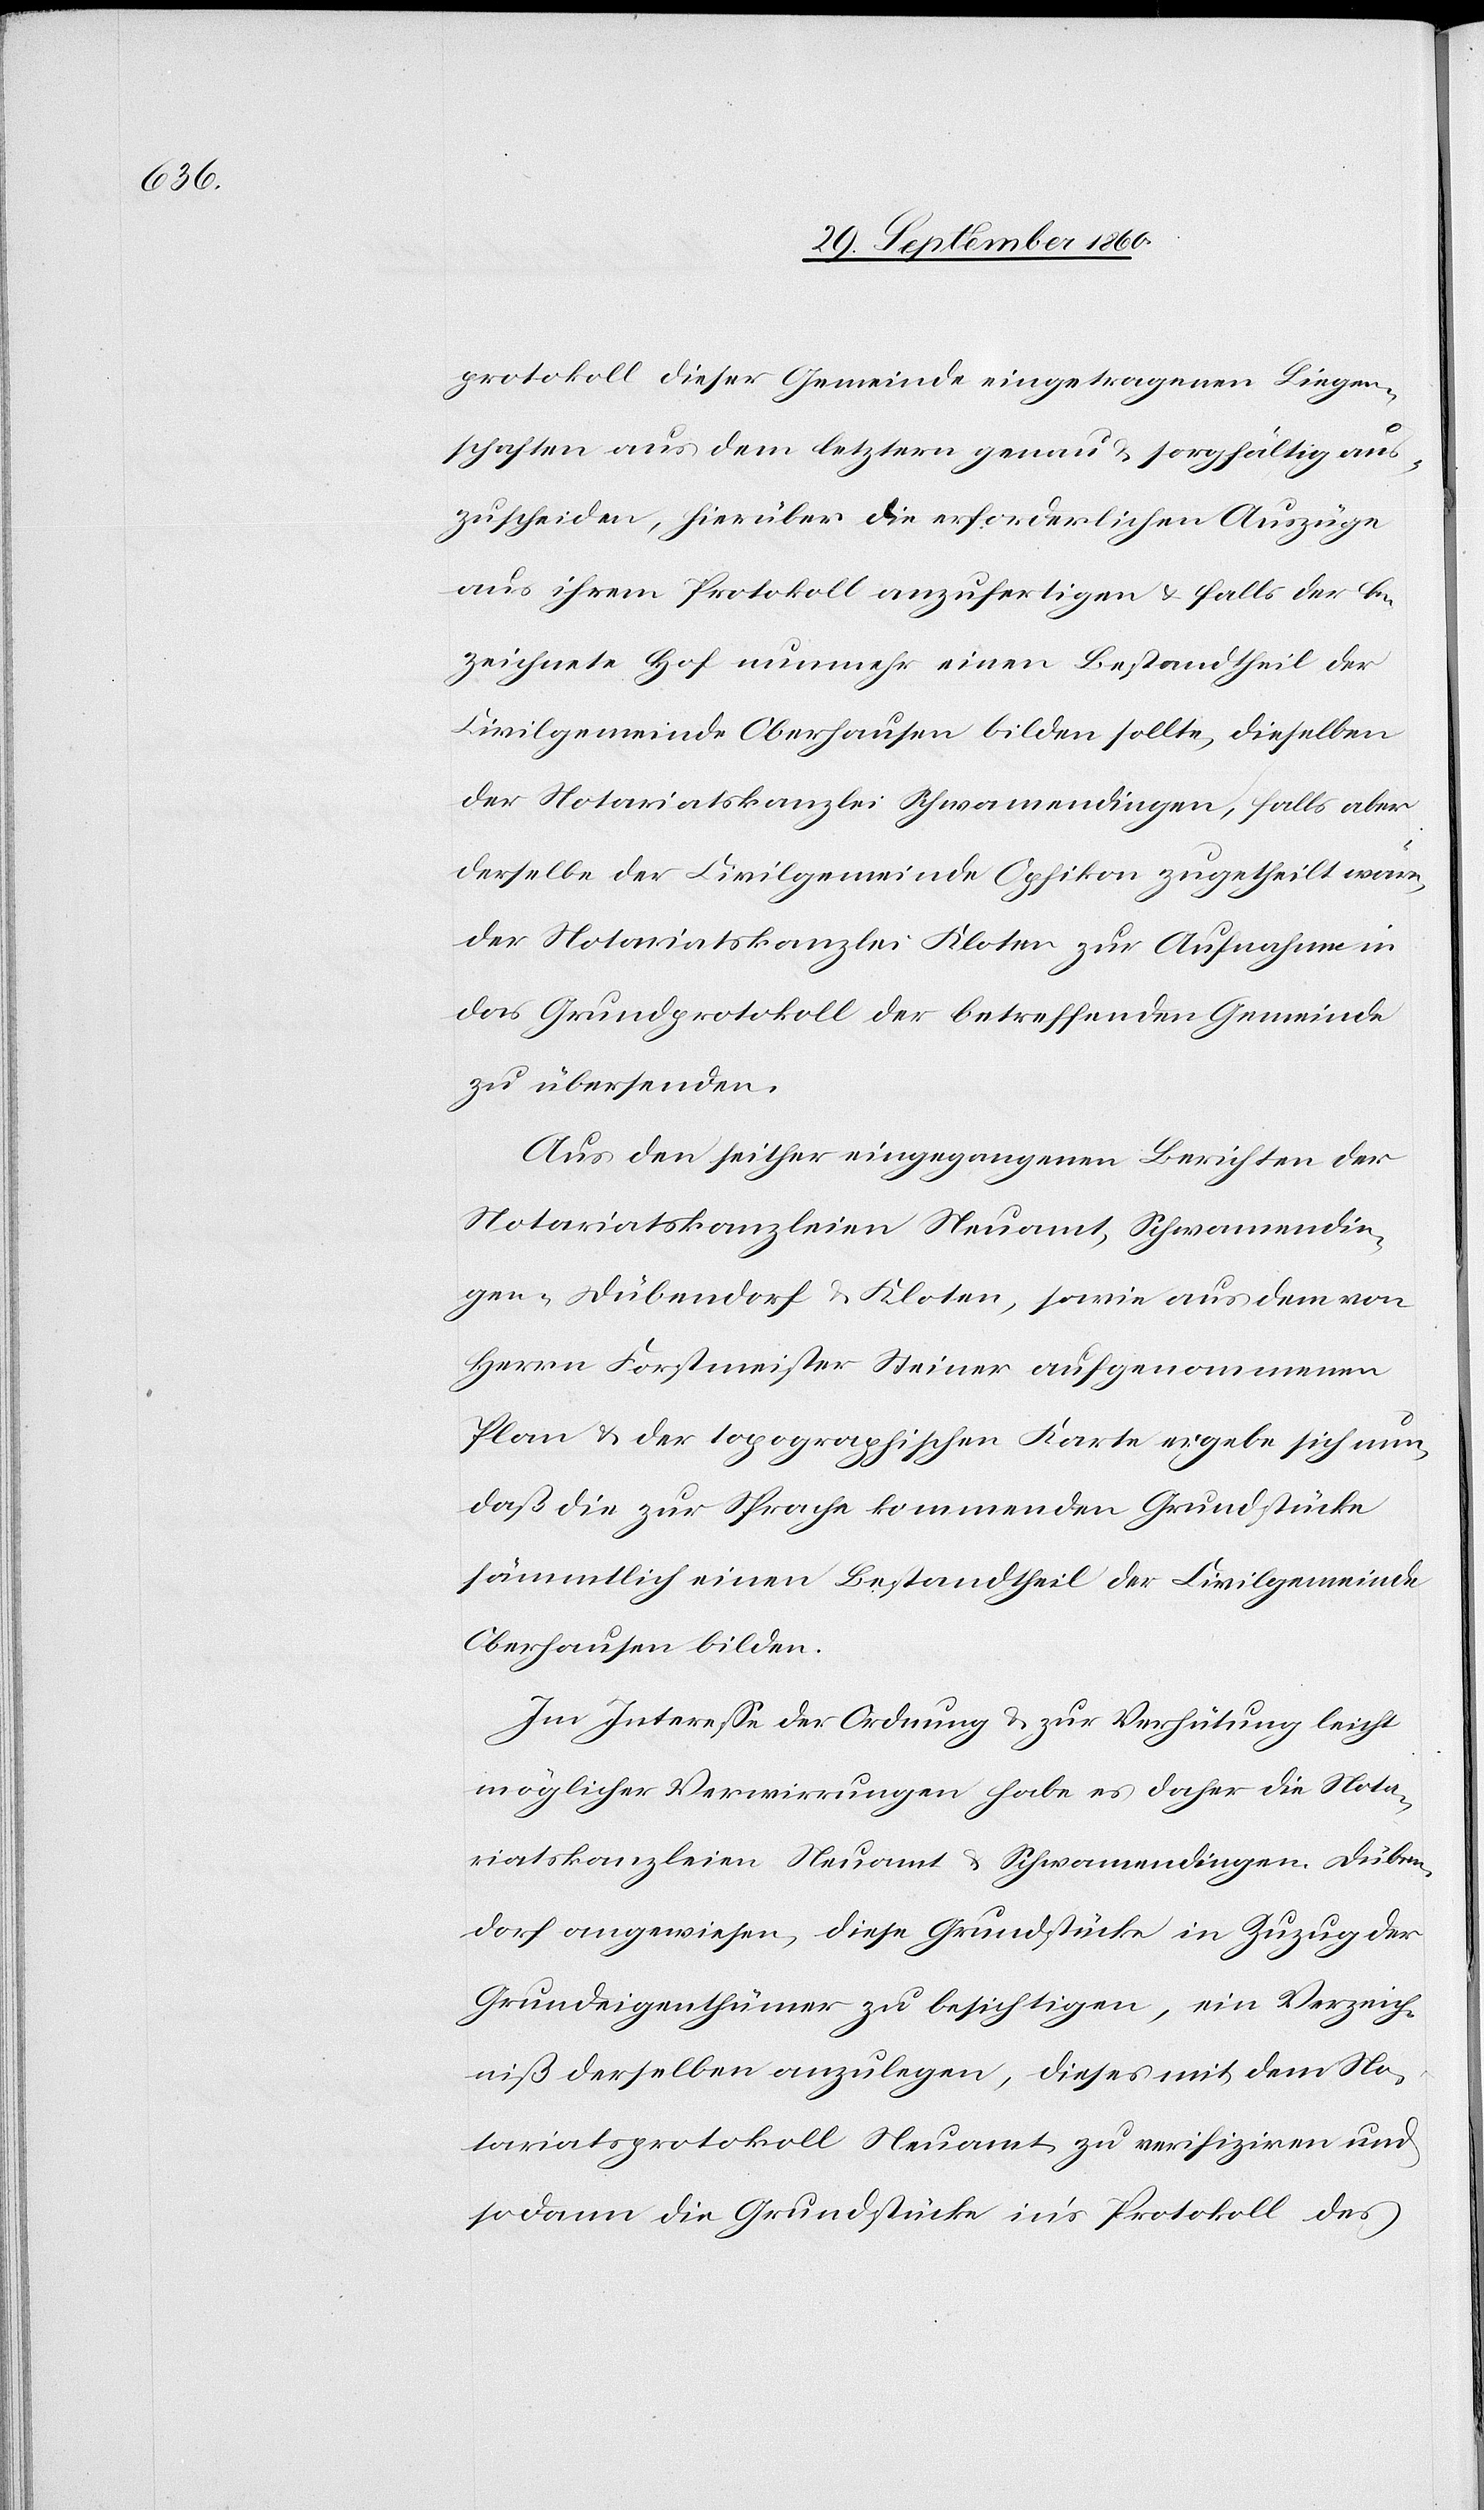
protokoll dieser Gemeinde eingetragenen Liegen¬
schaften aus dem letztern genau & sorgfältig aus¬
zuscheiden, hierüber die erforderlichen Auszüge
aus ihrem Protokoll anzufertigen u. falls der be¬
zeichnete Hof nunmehr einen Bestandtheil der
Civilgemeinde Oberhausen bilden sollte, dieselben
der Notariatskanzlei Schwamendingen, falls aber
derselbe der Civilgemeinde Opfikon zugetheilt wäre,
der Notariatskanzlei Kloten zur Aufnahme in
das Grundprotokoll der betreffenden Gemeinde
zu übersenden.
Aus den seither eingegangenen Berichten der
Notariatskanzleien Neuamt, Schwamendin¬
gen-Dübendorf & Kloten, sowie aus dem von
Herrn Forstmeister Steiner aufgenommenem
Plan u. der topographischen Karte ergebe sich nun,
daß die zur Sprache kommenden Grundstücke
sämmtlich einen Bestandtheil der Civilgemeinde
Oberhausen bilden.
Im Interesse der Ordnung u. zur Verhütung leicht
möglicher Verwirrungen habe es daher die Nota¬
riatskanzleien Neuamt u. Schwamendingen-Düben¬
dorf angewiesen, diese Grundstücke in Zuzug der
Grundeigenthümer zu besichtigen, ein Verzeich¬
niß derselben anzulegen, dieses mit dem No¬
tariatsprotokoll Neuamt zu verifiziren und
sodann die Grundstücke in’s Protokoll des